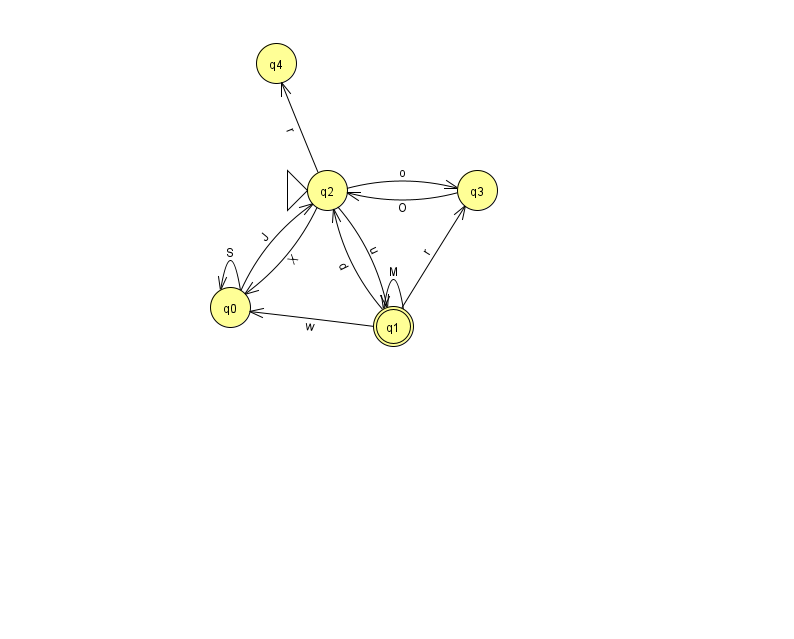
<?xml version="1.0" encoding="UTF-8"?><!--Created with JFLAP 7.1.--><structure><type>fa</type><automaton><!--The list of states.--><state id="0" name="q0"><x>230.0</x><y>294.0</y></state><state id="1" name="q1"><x>393.0</x><y>313.0</y><final/></state><state id="2" name="q2"><x>327.0</x><y>177.0</y><initial/></state><state id="3" name="q3"><x>477.0</x><y>177.0</y></state><state id="4" name="q4"><x>276.0</x><y>50.0</y></state><!--The list of transitions.--><transition><from>2</from><to>3</to><read>o</read></transition><transition><from>3</from><to>2</to><read>O</read></transition><transition><from>0</from><to>0</to><read>S</read></transition><transition><from>1</from><to>3</to><read>r</read></transition><transition><from>2</from><to>4</to><read>r</read></transition><transition><from>0</from><to>2</to><read>J</read></transition><transition><from>2</from><to>0</to><read>X</read></transition><transition><from>1</from><to>0</to><read>w</read></transition><transition><from>1</from><to>2</to><read>d</read></transition><transition><from>1</from><to>1</to><read>M</read></transition><transition><from>2</from><to>1</to><read>u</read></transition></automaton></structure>